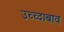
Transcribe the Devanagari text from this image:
उच्च्दाबाव